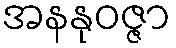
အနနုဝဇ္ဇာ